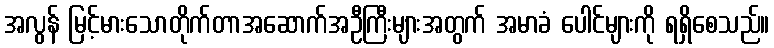
အလွန် မြင့်မားသောတိုက်တာအဆောက်အဦကြီးများအတွက် အမာခံ ပေါင်များကို ရရှိစေသည်။